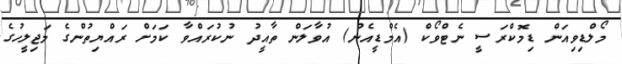
މޯލްޑިވިއަން ޑިމޮކްރަސީ ނެޓްވޯކް (އެމްޑީއެން) އުވާލަން ތާއީދު ނުކުރައްވާ ކަމަށް ރައްޔިތުންގެ މަޖިލީހުގެ